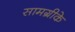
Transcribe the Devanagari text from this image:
सामग्रीके